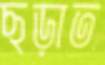
ছড়াত